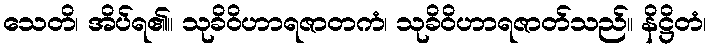
သေတိ၊ အိပ်ရ၏။ သုခိဝိဟာရဇာတကံ၊ သုခိဝိဟာရဇာတ်သည်။ နိဋ္ဌိတံ၊